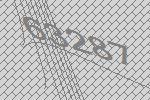
63287